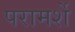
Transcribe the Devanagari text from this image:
परामर्शे